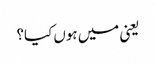
یعنی میں ہوں کیا؟